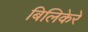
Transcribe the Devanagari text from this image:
बिलिकेरे